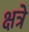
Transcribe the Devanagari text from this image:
क्षत्रे